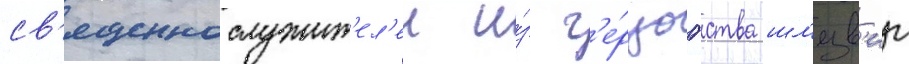
св'ященнослужит'ел'еи и́з г'е́рцогства шл'езв'иг